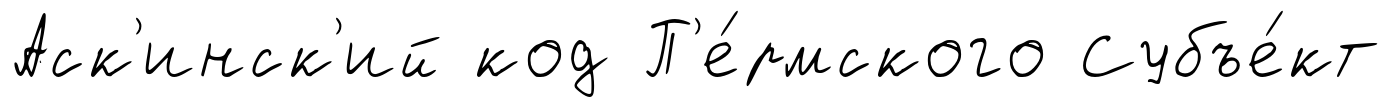
Аск'инск'ий код П'е́рмского Субъе́кт